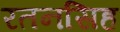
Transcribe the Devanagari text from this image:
रतनसिह